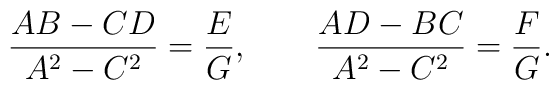
{AB-CD\over A^2-C^2}={E\over G}, \qquad {AD-BC\over A^2-C^2}={F\over G}.